Jaan_Tonisson_(Lasteleht), lk 295
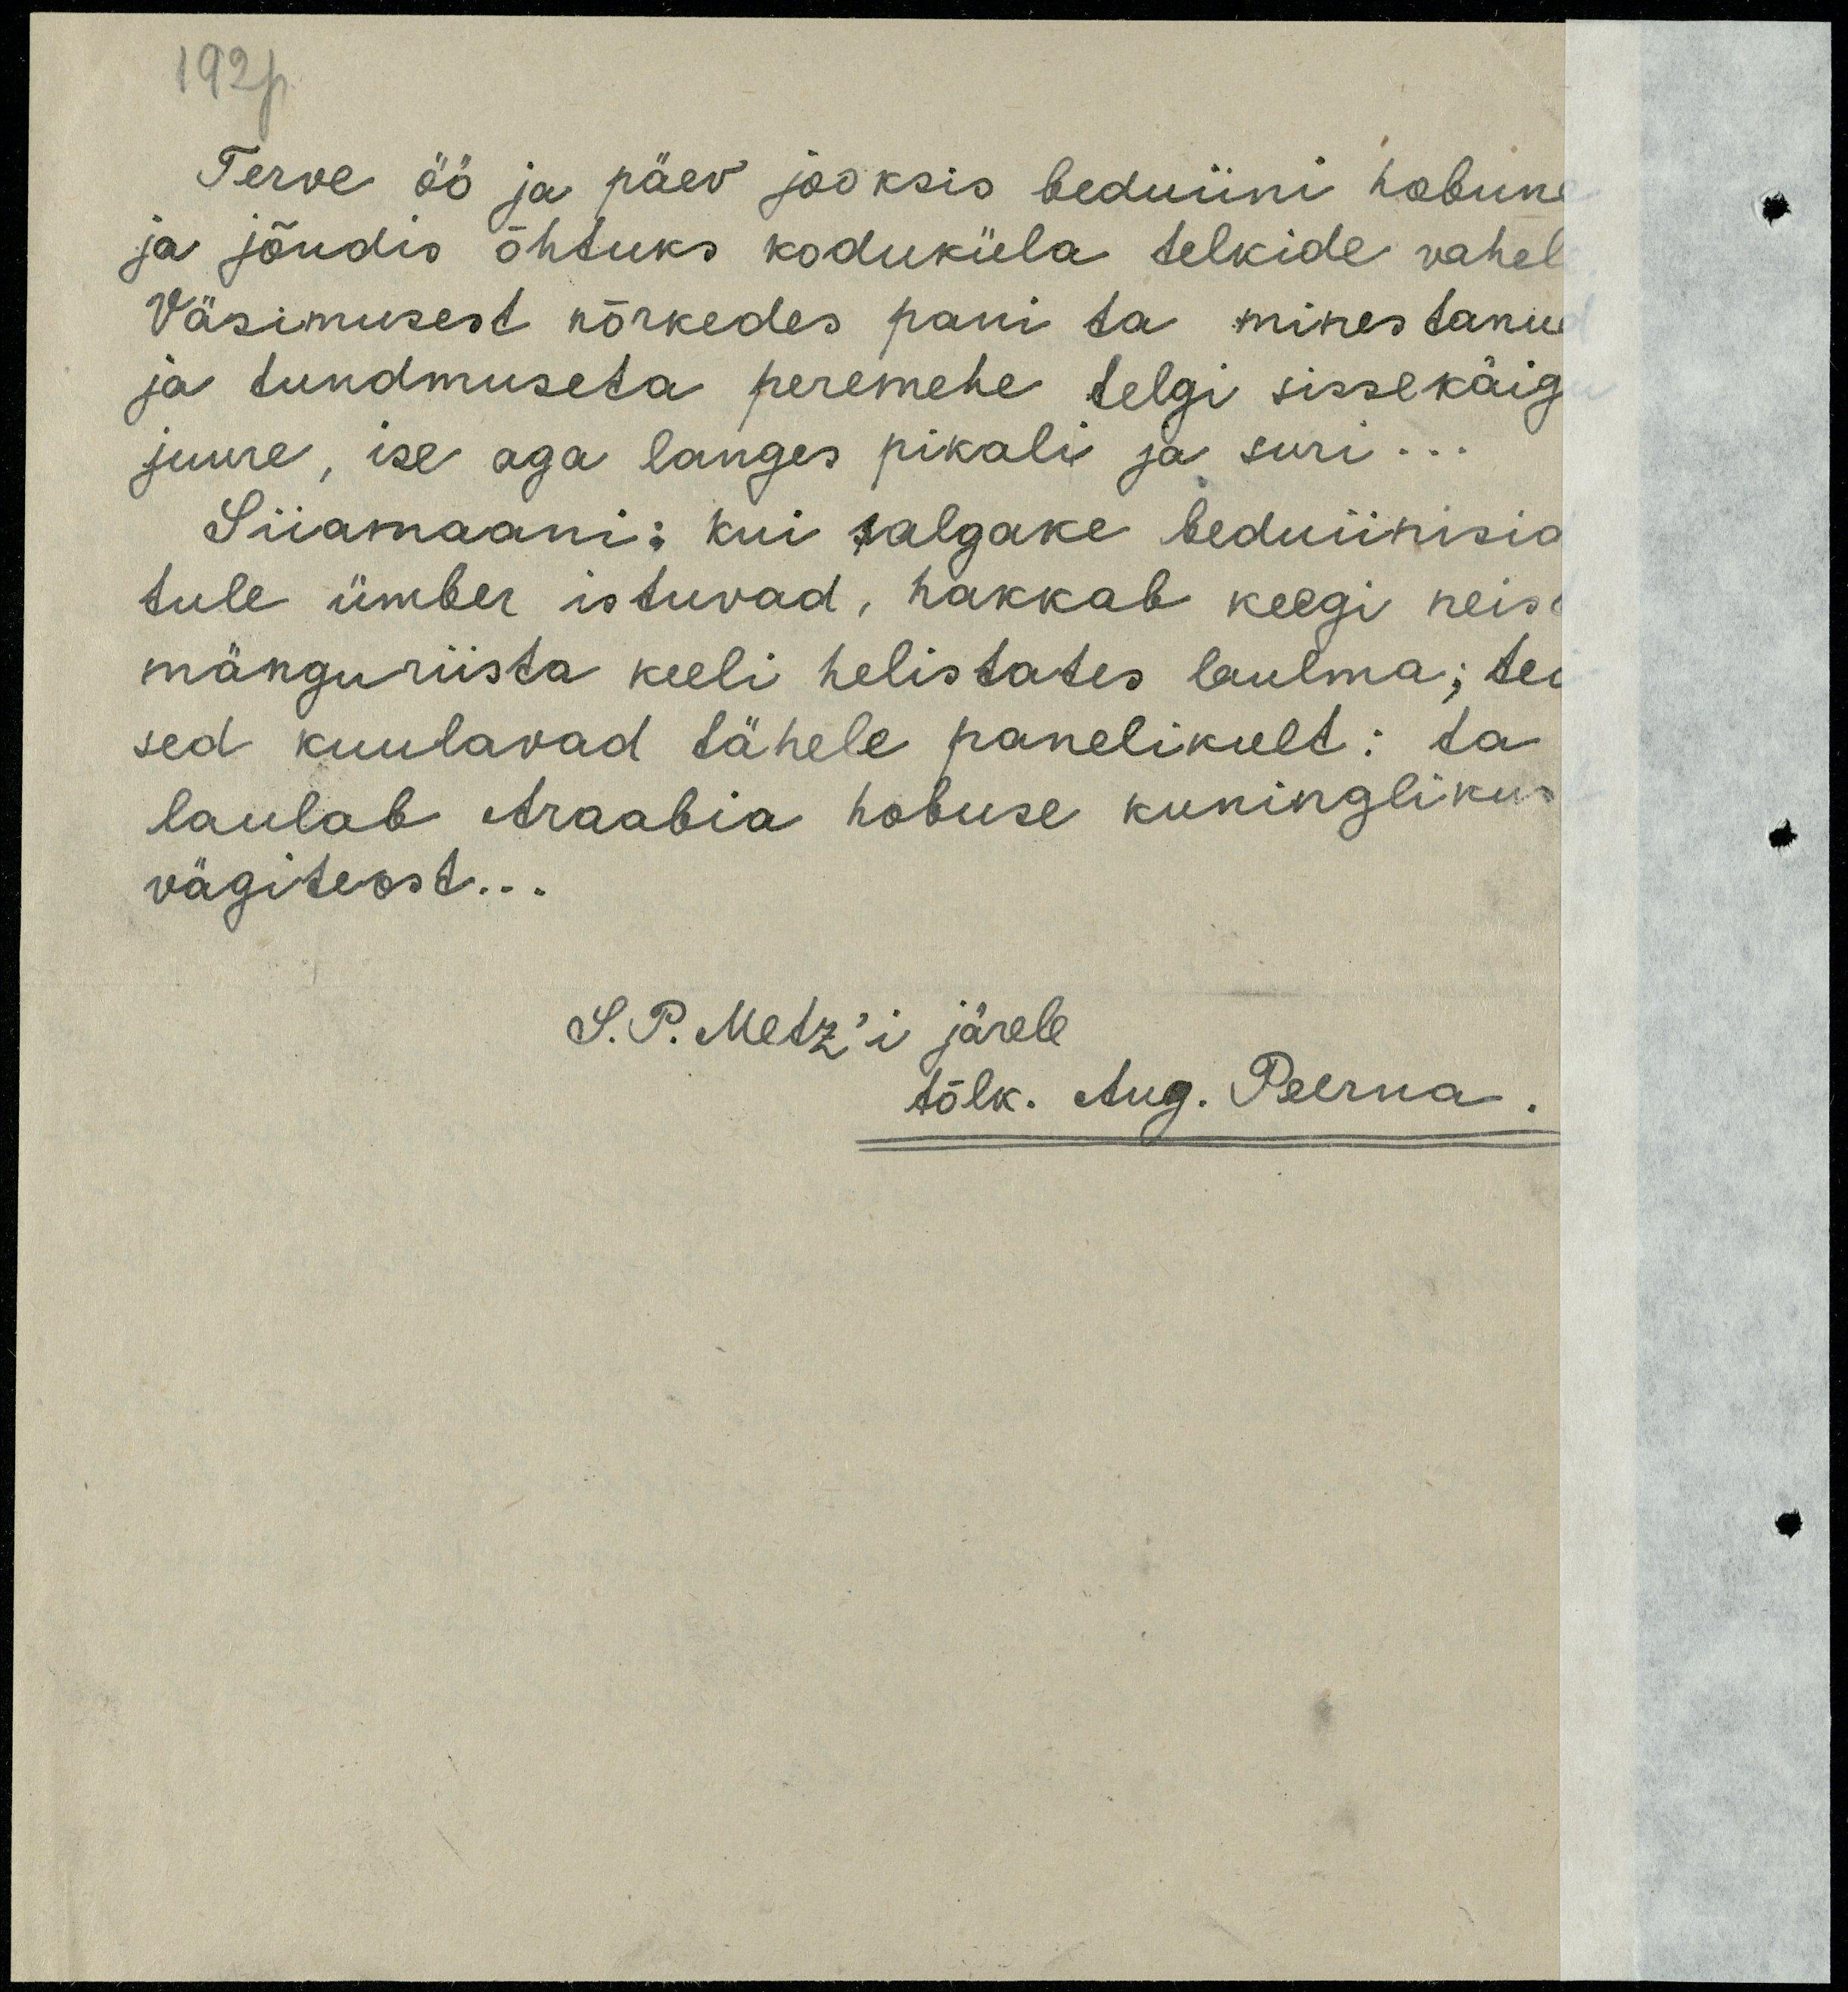
Terve öö ja päev jooksis beduiini hobune
ja jõudis õhtuks koduküla telkide vahele
Väsimusest nõrkedes pani ta minestanud
ja tundmuseta peremehe telgi sissekäigu
juurde, ise aga langes pikali ja suri..
Siiamaani: kui salgakse beduiinisid 
tule ümber istuvad, hakkab keegi neist
mänguriista keeli helistades laulma, tei-
sed kuulavad tähelepanelikult: ta
laulab Araabia hobuse kuninglikust
vägiteost...
L.P. Metz'i järele
Tõlk. Aug. Pelma